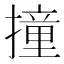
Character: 撞